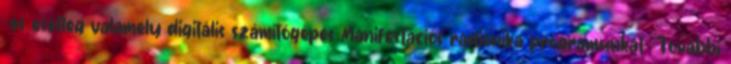
-és esetleg valamely digitális számítógépes Manifestációs radionika programunkat- További